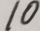
1 0